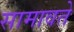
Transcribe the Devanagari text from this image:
सामावते